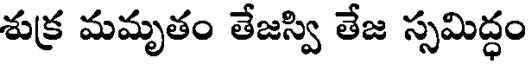
శుక్ర మమృతం తేజస్వి తేజ స్సమిద్ధం